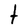
Character: t